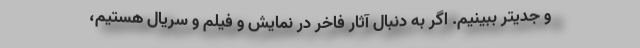
و جدیتر ببینیم. اگر به دنبال آثار فاخر در نمایش و فیلم و سریال هستیم،